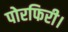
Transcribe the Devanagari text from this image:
पोरफिरी।